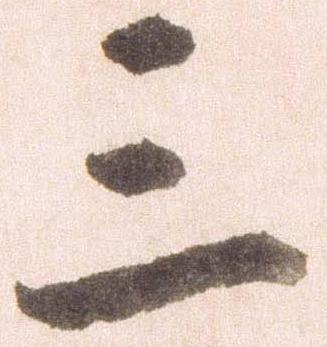
三